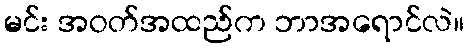
မင်း အဝတ်အထည်က ဘာအရောင်လဲ။